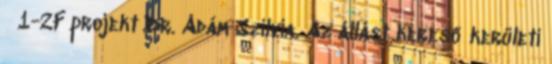
1-2F projekt Dr. Ádám Szilvia. Az állást kereső kerületi